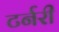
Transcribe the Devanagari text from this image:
टर्नरी